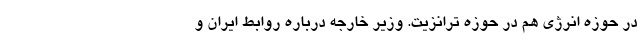
در حوزه انرژی هم در حوزه ترانزیت. وزیر خارجه درباره روابط ایران و